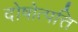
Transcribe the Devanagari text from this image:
दोषोत्पत्ति